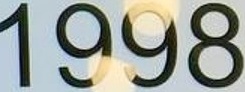
1998